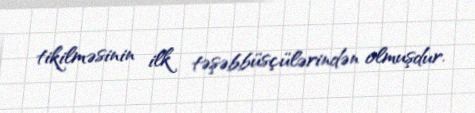
tikilməsinin ilk təşəbbüsçülərindən olmuşdur.